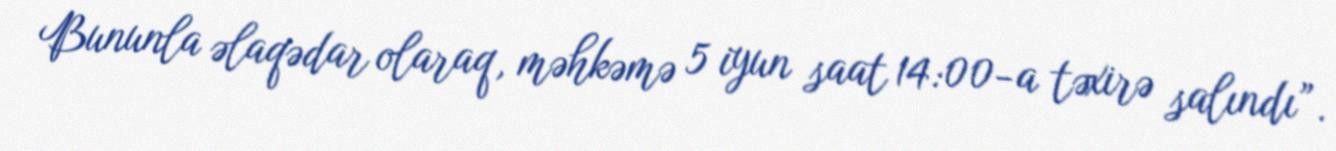
Bununla əlaqədar olaraq, məhkəmə 5 iyun saat 14:00-a təxirə salındı”.